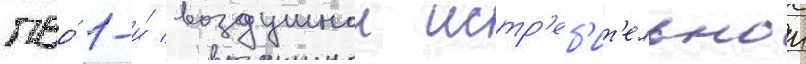
пво́ 1-и́ воздушнои истр'еб'ит'ельнои